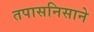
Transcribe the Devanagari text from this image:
तपासनिसाने